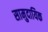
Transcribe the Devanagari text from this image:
सामुदायिक